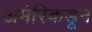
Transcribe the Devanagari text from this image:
अमेरिकडून